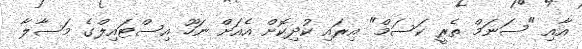
އާއި "ސަނަމް ތެރީ ކަސަމް" އިރައި ކުދިކޮށް އެއަށް ނަހޫ އިސްޓައިލްގެ މަސާލާ